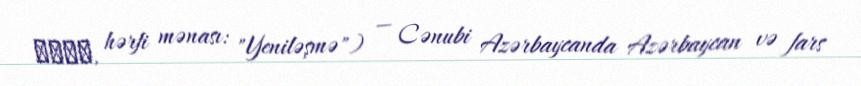
تجدد, hərfi mənası: "Yeniləşmə") — Cənubi Azərbaycanda Azərbaycan və fars